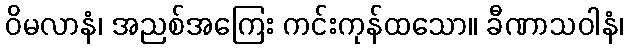
ဝိမလာနံ၊ အညစ်အကြေး ကင်းကုန်ထသော။ ခီဏာသဝါနံ၊